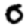
Digit: 0